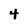
Character: 4